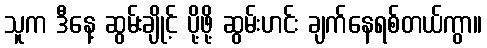
သူက ဒီနေ့ ဆွမ်းချိုင့် ပို့ဖို့ ဆွမ်းဟင်း ချက်နေရစ်တယ်ကွာ။